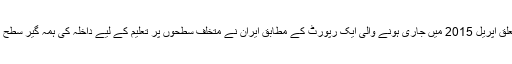
اقوام متحدہ کی انسانی حقوق سے متعلق اپریل 2015 میں جاری ہونے والی ایک رپورٹ کے مطابق ایران نے متخلف سطحوں پر تعلیم کے لیے داخلہ کی ہمہ گیر سطح پر صنفی برابری حاصل کر لی ہے۔